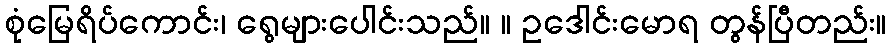
စုံမြေရိပ်ကောင်း၊ ရွေများပေါင်းသည်။ ။ ဥဒေါင်းမောရ တွန်ပြီတည်း။